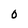
Character: 0